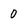
Character: 0